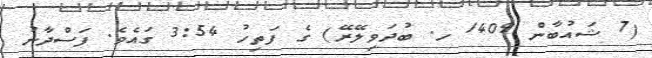
(7 ޝައުބާން 1409 ހ. ބުދަވިލޭރޭ) ގެ ފަތިހު 3:54 ގައެވެ. ފަސްދާނު